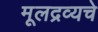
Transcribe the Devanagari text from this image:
मूलद्रव्यचे